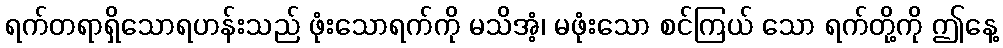
ရက်တရာရှိသောရဟန်းသည် ဖုံးသောရက်ကို မသိအံ့၊ မဖုံးသော စင်ကြယ် သော ရက်တို့ကို ဤနေ့